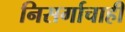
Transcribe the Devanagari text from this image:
निसर्गाचाही